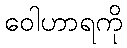
ဝေါဟာရကို